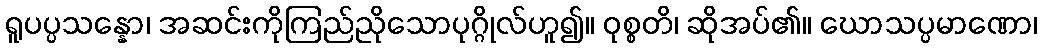
ရူပပ္ပသန္နော၊ အဆင်းကိုကြည်ညိုသောပုဂ္ဂိုလ်ဟူ၍။ ဝုစ္စတိ၊ ဆိုအပ်၏။ ဃောသပ္ပမာဏော၊